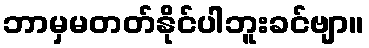
ဘာမှမတတ်နိုင်ပါဘူးခင်ဗျာ။